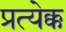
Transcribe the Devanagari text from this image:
प्रत्येक्क